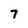
Character: 7